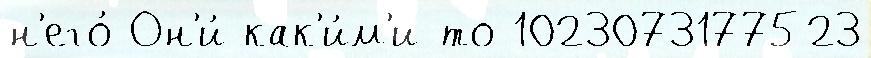
н'его́ Он'и́ как'и́м'и-то 1023073177523